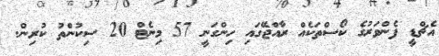
އެޗްޑީ ފެންވަރުގެ ކޯސްތަކެއް ރާއްޖޭގައި ހިންގަނީ 57 މިނެޓް 20 ސިކުންތު ކުރިން.